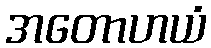
အတောဟယံ